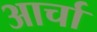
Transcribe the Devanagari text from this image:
आर्चा